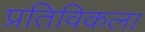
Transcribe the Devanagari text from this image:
प्रतिविकला